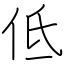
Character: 低